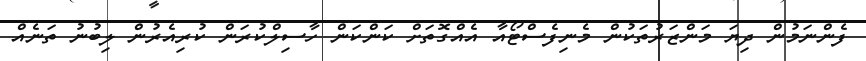
ފެންނަމުން ދިޔަ މަންޒަރުތަކުން މެނިފެސްޓޯއާ އެއްގޮތަށް ކަންކަން ހާސިލްކުރަން ކުރިއެރުން ލިބުނު ތަނެއް